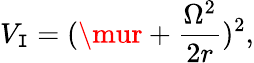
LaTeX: V_{\mathtt{I}}=(\mur+\frac{{\Omega^{2}}}{{2r}})^{2},